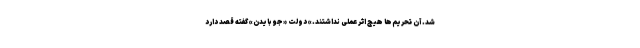
شد. آن تحریم‌ها هیچ اثر عملی نداشتند.» دولت «جو بایدن» گفته قصد دارد